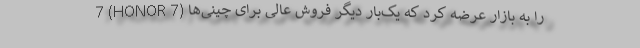
7 (HONOR 7) را به بازار عرضه کرد که یک‌بار دیگر فروش عالی برای چینی‌ها